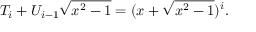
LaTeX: T _ { i } + U _ { i - 1 } { \sqrt { x ^ { 2 } - 1 } } = ( x + { \sqrt { x ^ { 2 } - 1 } } ) ^ { i } .